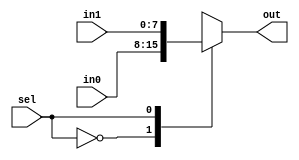
module mux (in1, in0, sel, out);
	input	[7:0]	in1;
	input	[7:0]	in0;
	input	sel;
	output	[7:0]	out;

	reg		[7:0]	out;

	always @(*) begin
		case (sel)
			1'b0:	out = in0;
			1'b1:	out = in1;
		endcase
	end
endmodule